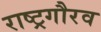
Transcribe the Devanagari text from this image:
राष्‍ट्रगौरव